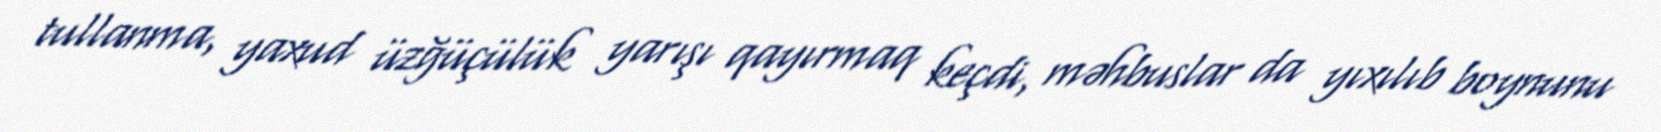
tullanma, yaxud üzğüçülük yarışı qayırmaq keçdi, məhbuslar da yıxılıb boynunu